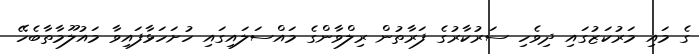
ގެ މައި މަރުކަޒުގައި ދިވެހި ސަރުކާރުގެ ފަރާތުން ރިލްވާންގެ މައްސަލައިގައި ހުށަހަޅާފައިވާ މައުލޫމާތާބެހޭ